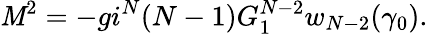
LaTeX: \mathit{M}^{2}=-gi^{N}(N-1)G_{1}^{N-2}w_{N-2}(\gamma_{0}).